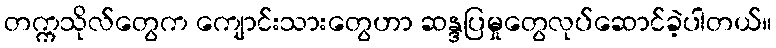
တက္ကသိုလ်တွေက ကျောင်းသားတွေဟာ ဆန္ဒပြမှုတွေလုပ်ဆောင်ခဲ့ပါတယ်။